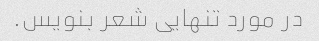
در مورد تنهایی شعر بنویس.